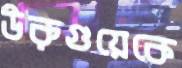
উরুগুয়েকে